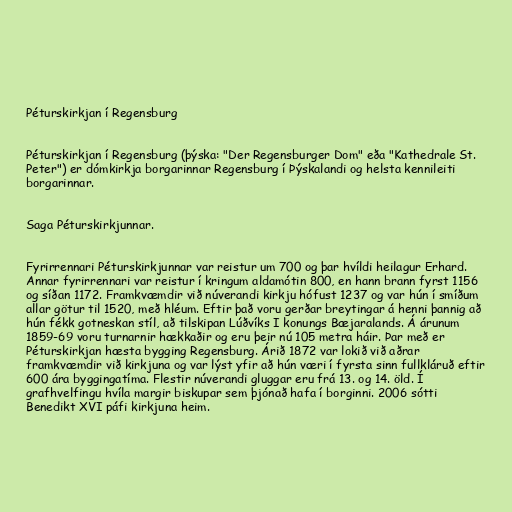
Péturskirkjan í Regensburg

Péturskirkjan í Regensburg (þýska: "Der Regensburger Dom" eða "Kathedrale St.
Peter") er dómkirkja borgarinnar Regensburg í Þýskalandi og helsta kennileiti
borgarinnar.

Saga Péturskirkjunnar.

Fyrirrennari Péturskirkjunnar var reistur um 700 og þar hvíldi heilagur Erhard.
Annar fyrirrennari var reistur í kringum aldamótin 800, en hann brann fyrst 1156
og síðan 1172. Framkvæmdir við núverandi kirkju hófust 1237 og var hún í smíðum
allar götur til 1520, með hléum. Eftir það voru gerðar breytingar á henni þannig að
hún fékk gotneskan stíl, að tilskipan Lúðvíks I konungs Bæjaralands. Á árunum
1859-69 voru turnarnir hækkaðir og eru þeir nú 105 metra háir. Þar með er
Péturskirkjan hæsta bygging Regensburg. Árið 1872 var lokið við aðrar
framkvæmdir við kirkjuna og var lýst yfir að hún væri í fyrsta sinn fullkláruð eftir
600 ára byggingatíma. Flestir núverandi gluggar eru frá 13. og 14. öld. Í
grafhvelfingu hvíla margir biskupar sem þjónað hafa í borginni. 2006 sótti
Benedikt XVI páfi kirkjuna heim.